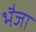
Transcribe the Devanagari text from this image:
भैजा